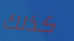
كذلك